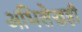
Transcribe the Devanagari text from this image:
अभिलेखही